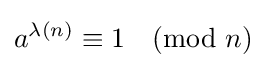
a^{\lambda (n)}\equiv 1{\pmod {n}}